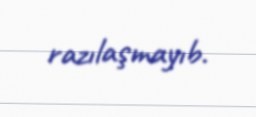
razılaşmayıb.